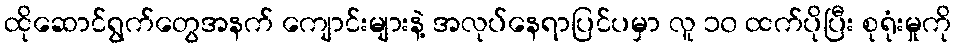
ထိုဆောင်ရွက်တွေအနက် ကျောင်းများနဲ့ အလုပ်နေရာပြင်ပမှာ လူ ၁၀ ထက်ပိုပြီး စုရုံးမှုကို